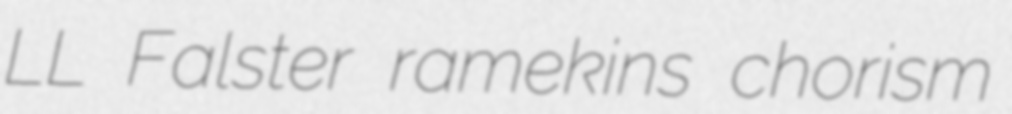
LL Falster ramekins chorism